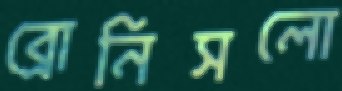
ব্রোনিসলো